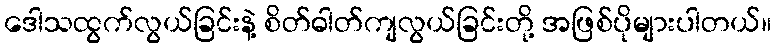
ဒေါသထွက်လွယ်ခြင်းနဲ့ စိတ်ဓါတ်ကျလွယ်ခြင်းတို့ အဖြစ်ပိုများပါတယ်။